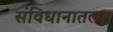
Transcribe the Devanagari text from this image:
संविधानातल्या